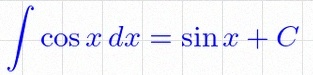
\int \cos x\,dx=\sin x+C